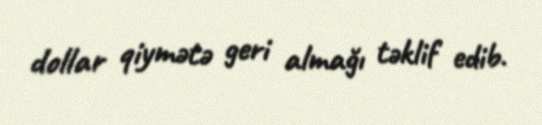
dollar qiymətə geri almağı təklif edib.